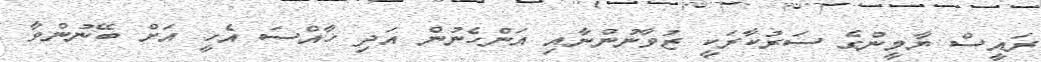
ރައީސް ޔާމީންގެ ސަރުކާރަކީ ޒުވާނުންނާއި އަންހެނުން އަދި ޚާއްސަ އެހީ އަށް ބޭނުންވާ